Lunatic asylums Central Provinces reports 1874-1885 - 1874-1885
Year: 1874
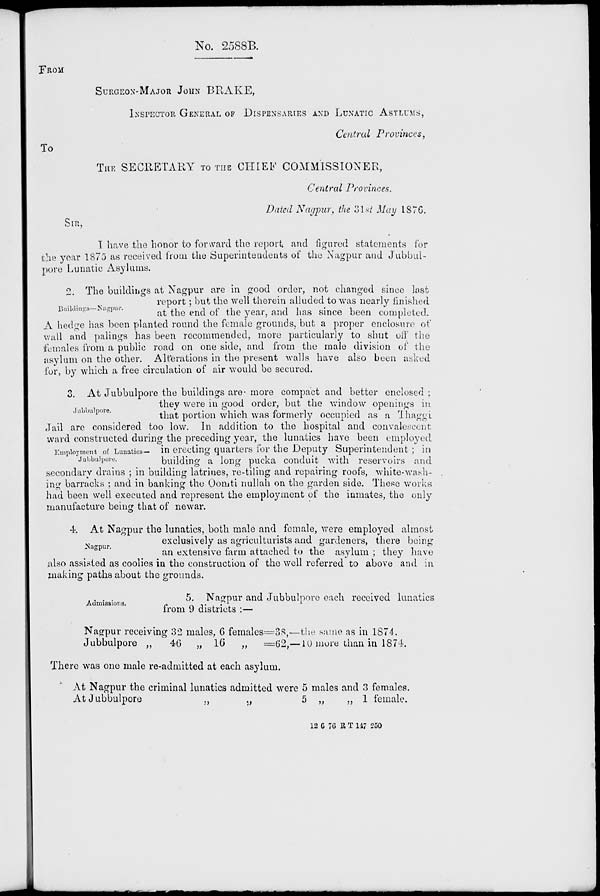
No. 2588B.
FROM
SURGEON-MAJOR JOHN BRAKE,
INSPECTOR GENERAL OF DISPENSARIES AND LUNATIC ASYLUMS,
Central Provinces,
To
THE SECRETARY TO THE CHIEF COMMISSIONER,
Central Provinces.
Dated Nagpur, the 31st May 1876.
SIR,
I have the honor to forward the report and figured statements for
the year 1875 as received from the Superintendents of the Nagpur and Jubbul-
pore Lunatic Asylums.
Buildings—Nagpur.
2. The buildings at Nagpur are in good order, not changed since last
report ; but the well therein alluded to was nearly finished
at the end of the year, and has since been completed.
A hedge has been planted round the female grounds, but a proper enclosure of
wall and palings has been recommended, more particularly to shut off the
females from a public road on one side, and from the male division of the
asylum on the other. Alterations in the present walls have also been asked
for, by which a free circulation of air would be secured.
Jubbulpore.
Employment of Lunatics —
Jubbulpore.
3. At Jubbulpore the buildings are more compact and better enclosed ;
they were in good order, but the window openings in.
that portion which was formerly occupied as a Thaggi
Jail are considered too low. In addition to the hospital and convalescent
ward constructed during the preceding year, the lunatics have been employed
in erecting quarters for the Deputy Superintendent; in
building a long pucka conduit with reservoirs and
secondary drains ; in building latrines, re-tiling and repairing roofs, white-wash-
ing barracks ; and in banking the Oomti nullah on the garden side. These works
had been well executed and represent the employment of the inmates, the only
manufacture being that of newar.
Nagpur.
4 At Nagpur the lunatics, both male and female, were employed almost
exclusively as agriculturists and gardeners, there being
an extensive farm attached to the asylum ; they have
also assisted as coolies in the construction of the well referred to above and in
making paths about the grounds.
Admissions.
5. Nagpur and Jubbulpore each received lunatics
from 9 districts :—
Nagpur receiving 32 males, 6 females=
Jubbulpore „
46 „ 16 „ =
38,—the same as in 1874.
62,—10 more than in 1874.
There was one male re-admitted at each asylum.
At Nagpur the criminal lunatics admitted were 5 males and 3 females.
At Jubbulpore
„
„
5 „
„ 1 female.
12 6 76 R T 147 250